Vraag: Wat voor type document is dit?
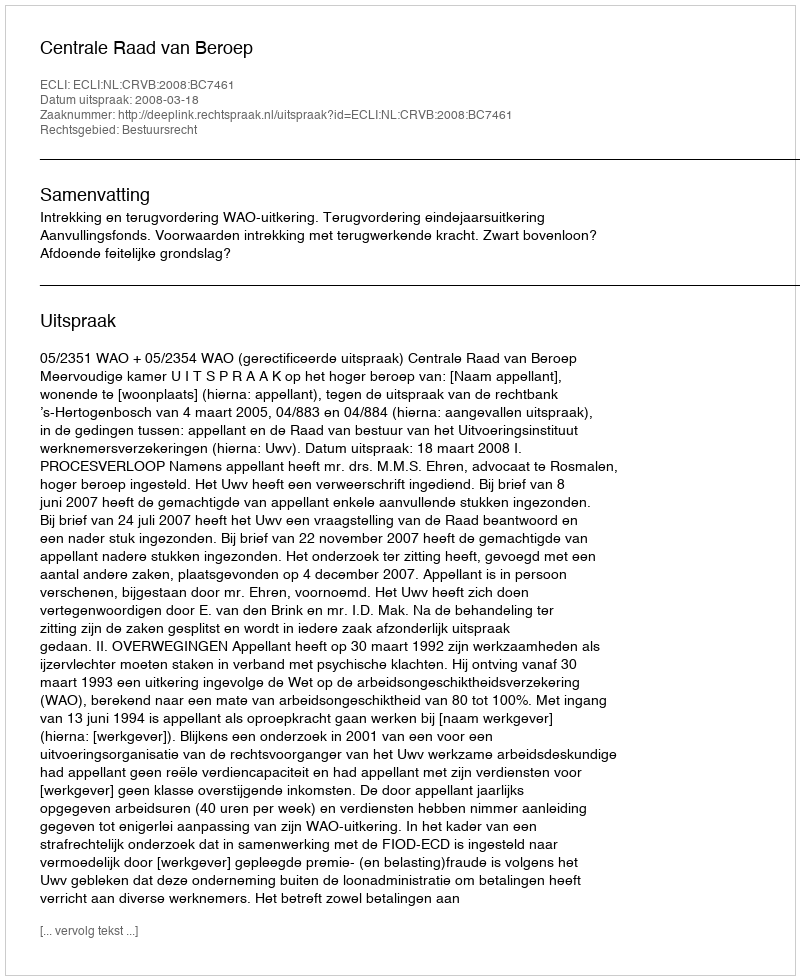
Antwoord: Uitspraak